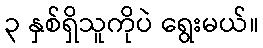
၃ နှစ်ရှိသူကိုပဲ ရွေးမယ်။